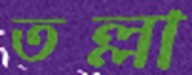
তল্লা